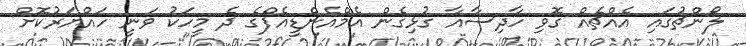
ލޯންޗުގައި އެއްޗެއް ގޮވި ހާދިސާއާ ގުޅިގެން އެމްއެންޑީއެފްގެ ދެ މީހަކު ވަނީ ހައްޔަރުކޮށް